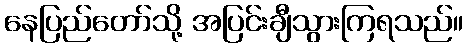
နေပြည်တော်သို့ အပြင်းချီသွားကြရသည်။